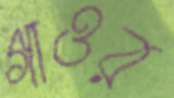
গাওর